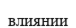
влиянии